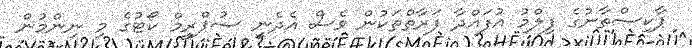
ޕާކިސްތާނުގެ ފިލްމު އުފައްދާ ފަރާތްތަކުން ވެސް އެދެނީ ސުޕްރީމް ކޯޓުގެ މި ނިންމުން